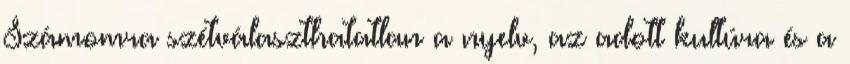
Számomra szétválaszthatatlan a nyelv, az adott kultúra és a